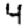
Digit: 4